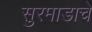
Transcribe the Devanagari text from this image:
सुरमाडाचे